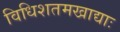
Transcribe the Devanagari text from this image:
विधिशतमखाद्याः